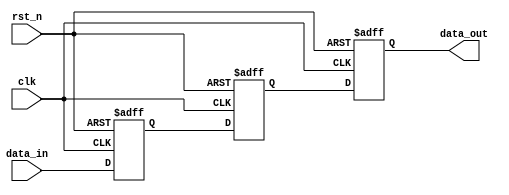
module meta_stability_filter (
    input wire clk,            // Clock signal
    input wire rst_n,         // Asynchronous reset (active low)
    input wire data_in,       // Input signal that may transition asynchronously
    output reg data_out       // Filtered output signal synchronized to clk
);

    // Internal signals for the double flip-flop synchronizer
    reg ff1;                  // First flip-flop output
    reg ff2;                  // Second flip-flop output

    // Asynchronous reset and double flip-flop synchronizer
    always @(posedge clk or negedge rst_n) begin
        if (!rst_n) begin
            ff1 <= 1'b0;      // Reset first flip-flop
            ff2 <= 1'b0;      // Reset second flip-flop
            data_out <= 1'b0; // Reset output
        end else begin
            ff1 <= data_in;   // Sample data_in
            ff2 <= ff1;       // Sample ff1 in the second flip-flop
            data_out <= ff2;  // Output the stable signal
        end
    end

endmodule